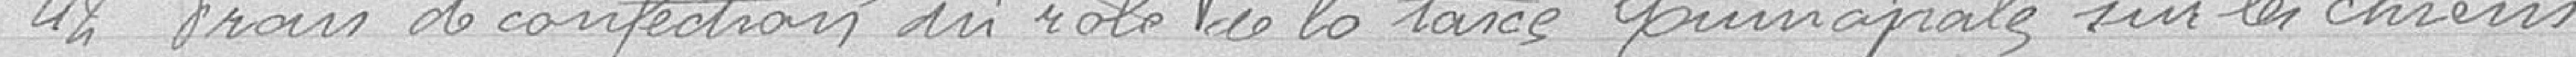
42 Frais de confection du rôle de la taxe Municipale sur les chiens